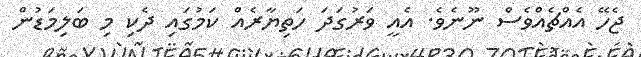
ޖެހޭ އެއްޗެއްވެސް ނޫނެވެ. އެއީ ވަރުގަދަ ހަތިޔާރެއް ކަމުގައި ދެކި މި ބަލިމަޑުން